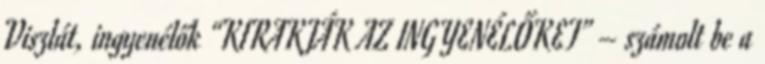
Viszlát, ingyenélők “KIRAKJÁK AZ INGYENÉLŐKET” – számolt be a